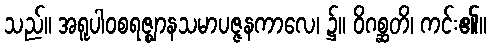
သည်။ အရူပါဝစရဇ္ဈာနသမာပဇ္ဇနကာလေ၊ ၌။ ဝိဂစ္ဆတိ၊ ကင်း၏။